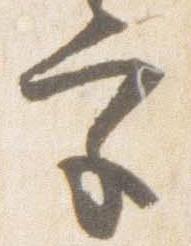
宮